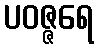
ပဝဇ္ဇရေ